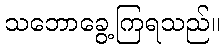
သဘောခွေ့ကြရသည်။